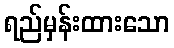
ရည်မှန်းထားသော